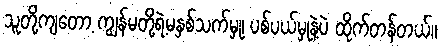
သူတို့ကျတော့ ကျွန်မတို့ရဲ့မနှစ်သက်မှု၊ ပစ်ပယ်မှုနဲ့ပဲ ထိုက်တန်တယ်။